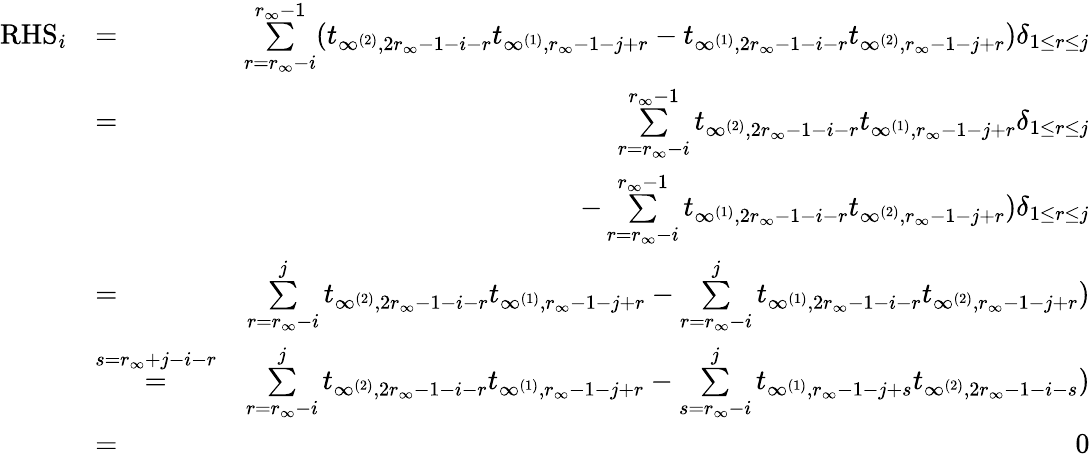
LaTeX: \begin{array}{rlr}{\mathrm{RHS}_{i}}&{=}&{\underset{r=r_{\infty}-i}{\overset{r_{\infty}-1}{\sum}}(t_{\infty^{(2)},2r_{\infty}-1-i-r}t_{\infty^{(1)},r_{\infty}-1-j+r}-t_{\infty^{(1)},2r_{\infty}-1-i-r}t_{\infty^{(2)},r_{\infty}-1-j+r})\delta_{1\leq r\leq j}}\\ &{=}&{\underset{r=r_{\infty}-i}{\overset{r_{\infty}-1}{\sum}}t_{\infty^{(2)},2r_{\infty}-1-i-r}t_{\infty^{(1)},r_{\infty}-1-j+r}\delta_{1\leq r\leq j}}\\ &{}&{-\underset{r=r_{\infty}-i}{\overset{r_{\infty}-1}{\sum}}t_{\infty^{(1)},2r_{\infty}-1-i-r}t_{\infty^{(2)},r_{\infty}-1-j+r})\delta_{1\leq r\leq j}}\\ &{=}&{\underset{r=r_{\infty}-i}{\overset{j}{\sum}}t_{\infty^{(2)},2r_{\infty}-1-i-r}t_{\infty^{(1)},r_{\infty}-1-j+r}-\underset{r=r_{\infty}-i}{\overset{j}{\sum}}t_{\infty^{(1)},2r_{\infty}-1-i-r}t_{\infty^{(2)},r_{\infty}-1-j+r})}\\ &{\overset{s=r_{\infty}+j-i-r}{=}}&{\underset{r=r_{\infty}-i}{\overset{j}{\sum}}t_{\infty^{(2)},2r_{\infty}-1-i-r}t_{\infty^{(1)},r_{\infty}-1-j+r}-\underset{s=r_{\infty}-i}{\overset{j}{\sum}}t_{\infty^{(1)},r_{\infty}-1-j+s}t_{\infty^{(2)},2r_{\infty}-1-i-s})}\\ &{=}&{0}\end{array}